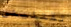
تقتليني